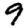
Digit: 9